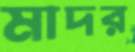
মাদর